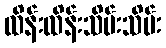
ထိန်းထိန်းသိမ်းသိမ်း